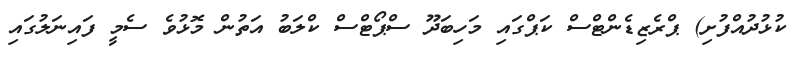
ކުޅުދުއްފުށި) ޕްރެޒިޑެންޓްސް ކަޕްގައި މަހިބަދޫ ސްޕޯޓްސް ކްލަބު އަތުން މޮޅުވެ ސެމީ ފައިނަލުގައި